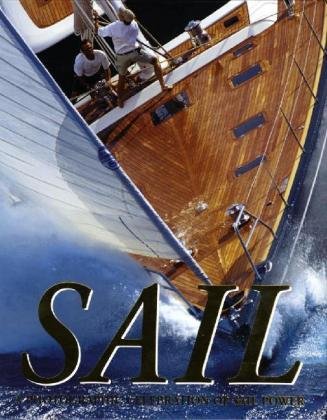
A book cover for Sail: A Photographic Celebration of Sail Power; Arts & Photography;